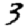
Digit: 3